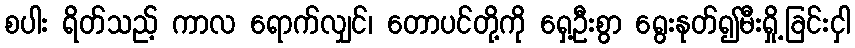
စပါး ရိတ်သည့် ကာလ ရောက်လျှင်၊ တောပင်တို့ကို ရှေ့ဦးစွာ ရွေးနုတ်၍မီးရှို့ခြင်းငှါ